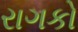
રાગકો